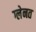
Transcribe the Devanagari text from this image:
ग्लेनत